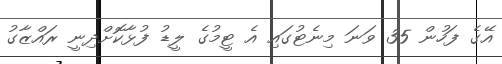
އޭގެ ފަހުން 35 ވަނަ މިނެޓުގައި އެ ޓީމުގެ ލީޑު ފުޅާކޮށްދިނީ ރައްޒާގު